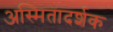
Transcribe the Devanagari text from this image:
अस्मितादर्शक